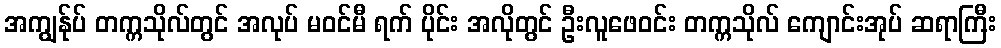
အကျွန်ုပ် တက္ကသိုလ်တွင် အလုပ် မဝင်မီ ရက် ပိုင်း အလိုတွင် ဦးလူဖေဝင်း တက္ကသိုလ် ကျောင်းအုပ် ဆရာကြီး